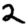
Digit: 2